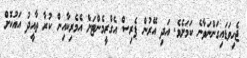
ޖެހިވަޑައިގަންނަވާނެ ކަމަށެވެ. އަދި އޭރުން ޕެރިސް އެގްރީމެންޓަށް އެމެރިކާއިން ކުރާ ތާއީދު އައުކޮށް